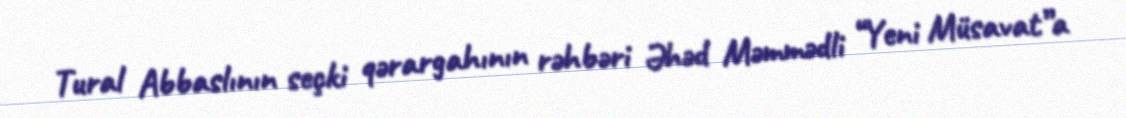
Tural Abbaslının seçki qərargahının rəhbəri Əhəd Məmmədli “Yeni Müsavat”a